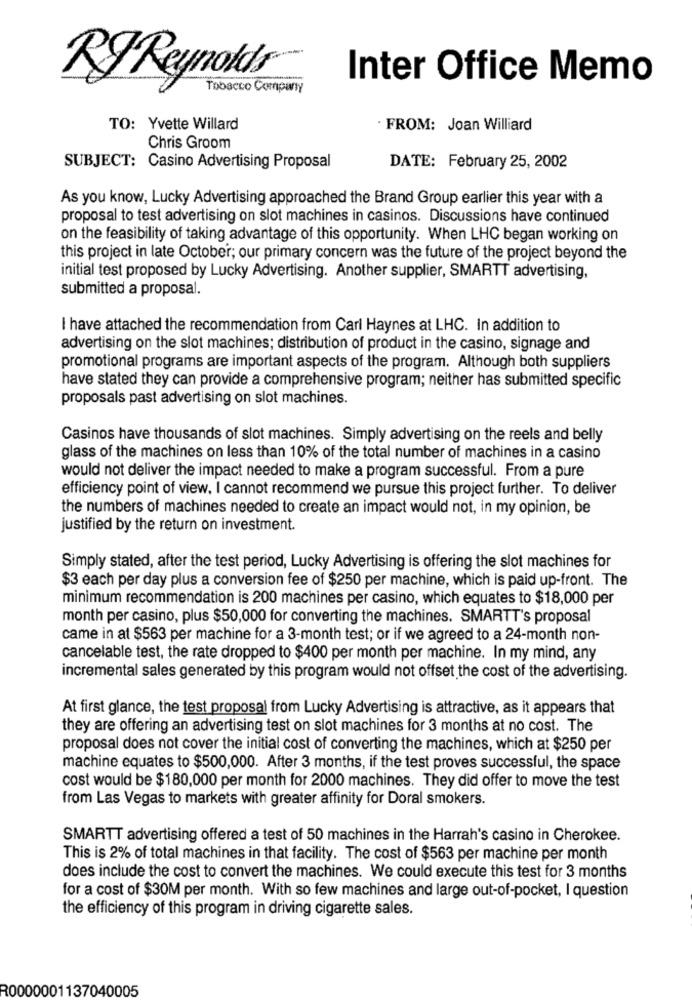
Inter Office Memo
RI Reynolds
Tobacco Company
TO: Yvette Willard
. FROM: Joan Williard
Chris Groom
SUBJECT: Casino Advertising Proposal
DATE: February 25, 2002
As you know, Lucky Advertising approached the Brand Group earlier this year with a
proposal to test advertising on slot machines in casinos. Discussions have continued
on the feasibility of taking advantage of this opportunity. When LHC began working on
this project in late October; our primary concern was the future of the project beyond the
initial test proposed by Lucky Advertising. Another supplier, SMARTT advertising,
submitted a proposal.
I have attached the recommendation from Carl Haynes at LHC. In addition to
advertising on the slot machines; distribution of product in the casino, signage and
promotional programs are important aspects of the program. Although both suppliers
have stated they can provide a comprehensive program; neither has submitted specific
proposals past advertising on slot machines.
Casinos have thousands of slot machines. Simply advertising on the reels and belly
glass of the machines on less than 10% of the total number of machines in a casino
would not deliver the impact needed to make a program successful. From a pure
efficiency point of view, I cannot recommend we pursue this project further. To deliver
the numbers of machines needed to create an impact would not, in my opinion, be
justified by the return on investment.
Simply stated, after the test period, Lucky Advertising is offering the slot machines for
$3 each per day plus a conversion fee of $250 per machine, which is paid up-front. The
minimum recommendation is 200 machines per casino, which equates to $18,000 per
month per casino, plus $50,000 for converting the machines. SMARTT's proposal
came in at $563 per machine for a 3-month test; or if we agreed to a 24-month non-
cancelable test, the rate dropped to $400 per month per machine. In my mind, any
incremental sales generated by this program would not offset the cost of the advertising.
At first glance, the test proposal from Lucky Advertising is attractive, as it appears that
they are offering an advertising test on slot machines for 3 months at no cost. The
proposal does not cover the initial cost of converting the machines, which at $250 per
machine equates to $500,000. After 3 months, if the test proves successful, the space
cost would be $180,000 per month for 2000 machines. They did offer to move the test
from Las Vegas to markets with greater affinity for Doral smokers.
SMARTT advertising offered a test of 50 machines in the Harrah's casino in Cherokee.
This is 2% of total machines in that facility. The cost of $563 per machine per month
does include the cost to convert the machines. We could execute this test for 3 months
for a cost of $30M per month. With so few machines and large out-of-pocket, I question
the efficiency of this program in driving cigarette sales.
R0000001137040005